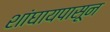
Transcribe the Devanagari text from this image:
शांघायपासून